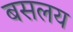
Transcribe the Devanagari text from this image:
बसलय